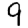
Digit: 9